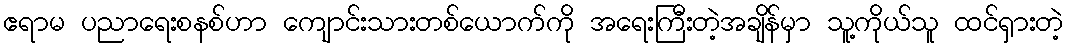
ဧရာမ ပညာရေးစနစ်ဟာ ကျောင်းသားတစ်ယောက်ကို အရေးကြီးတဲ့အချိန်မှာ သူ့ကိုယ်သူ ထင်ရှားတဲ့